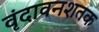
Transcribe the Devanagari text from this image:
वृंदावनशतक